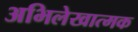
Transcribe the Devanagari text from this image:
अभिलेखात्मक